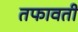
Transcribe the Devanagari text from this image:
तफावती